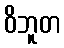
ဝိဘူတ